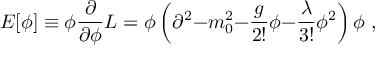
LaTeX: E [ \phi ] \equiv \phi { \frac { \partial } { \partial \phi } } { \cal L } = \phi \left( \partial ^ { 2 } { - } m _ { 0 } ^ { 2 } { - } { \frac { g } { 2 ! } } \phi { - } { \frac { \lambda } { 3 ! } } \phi ^ { 2 } \right) \phi \; ,